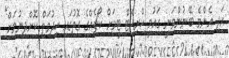
އަދި އެންމެ ބޭނުންވަނީ ގައުމީ ކްރިކެޓް ޓީމަށް ކޯޗެއްގެ ގޮތުގައި ހިދުމަތް ކޮށްދިނުމަށް"